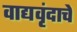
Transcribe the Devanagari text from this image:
वाद्यवृंदाचे